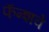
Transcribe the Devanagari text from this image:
फॅन्शवे